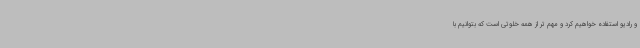
و رادیو استفاده خواهیم کرد و مهم تر از همه خلوتی است که بتوانیم با